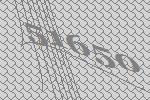
51650